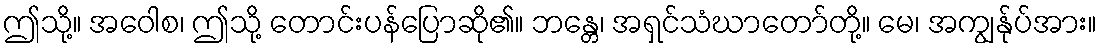
ဤသို့။ အဝေါစ၊ ဤသို့ တောင်းပန်ပြောဆို၏။ ဘန္တေ၊ အရှင်သံဃာတော်တို့။ မေ၊ အကျွန်ုပ်အား။